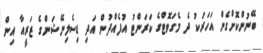
ބޭނުންކޮށްގެން އަހަރަކު ދެ މެގަވޮޓްގެ ކަރަންޓު އުފެއްދުން އަދި ޑިސެލިނޭޝަންގެ ޒަރީއާ އިން